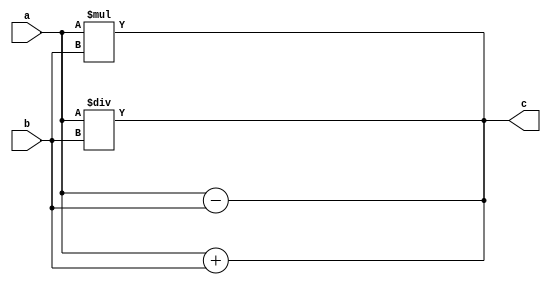
module arithmetic (input a,b,output c);
assign c=a+b;
assign c=a-b;
assign c=a*b;
assign c=a/b;
endmodule